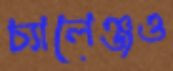
চ্যালেঞ্জও